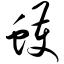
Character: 蠖